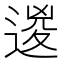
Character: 𨔩